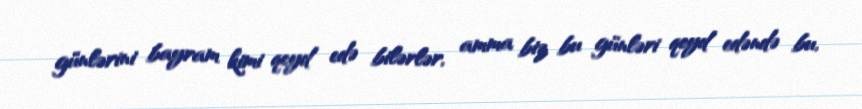
günlərini bayram kimi qeyd edə bilərlər, amma biz bu günləri qeyd edəndə bu,